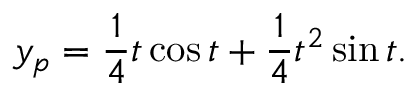
y _ { p } = { \frac { 1 } { 4 } } t \cos t + { \frac { 1 } { 4 } } t ^ { 2 } \sin t .